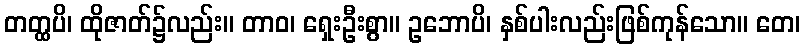
တတ္ထပိ၊ ထိုဇာတ်၌လည်း။ တာဝ၊ ရှေးဦးစွာ။ ဥဘောပိ၊ နှစ်ပါးလည်းဖြစ်ကုန်သော။ တေ၊